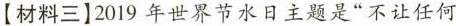
【材料三】2019年世界节水日主题是“不让任何